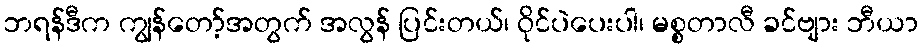
ဘရန်ဒီက ကျွန်တော့်အတွက် အလွန် ပြင်းတယ်၊ ဝိုင်ပဲပေးပါ၊ မစ္စတာလီ ခင်ဗျား ဘီယာ